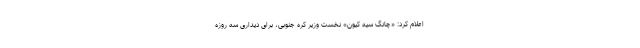
اعلام کرد: «چانگ سیه کیون» نخست وزیر کره جنوبی، برای دیداری سه روزه